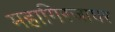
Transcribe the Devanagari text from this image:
महागिरजाघर